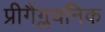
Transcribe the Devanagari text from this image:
प्रीगैंग्लयनिक